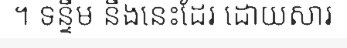
។ ទន្ទឹម នឹងនេះដែរ ដោយសារ